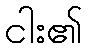
ငါး၏